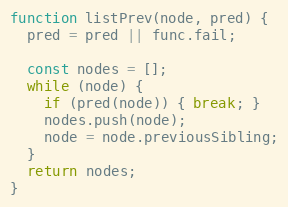
Language: JavaScript
function listPrev(node, pred) {
  pred = pred || func.fail;

  const nodes = [];
  while (node) {
    if (pred(node)) { break; }
    nodes.push(node);
    node = node.previousSibling;
  }
  return nodes;
}